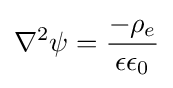
\nabla ^{2}\psi ={\frac {-\rho _{e}}{\epsilon \epsilon _{0}}}